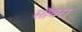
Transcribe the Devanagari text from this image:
साँवरा